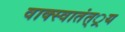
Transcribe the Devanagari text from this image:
वाक्स्वातंत््रय